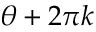
\theta + 2 \pi k